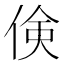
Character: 倹